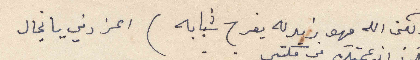
ولكن الله مهو زيدله يفرح شبابه ) اعز دني يانجال